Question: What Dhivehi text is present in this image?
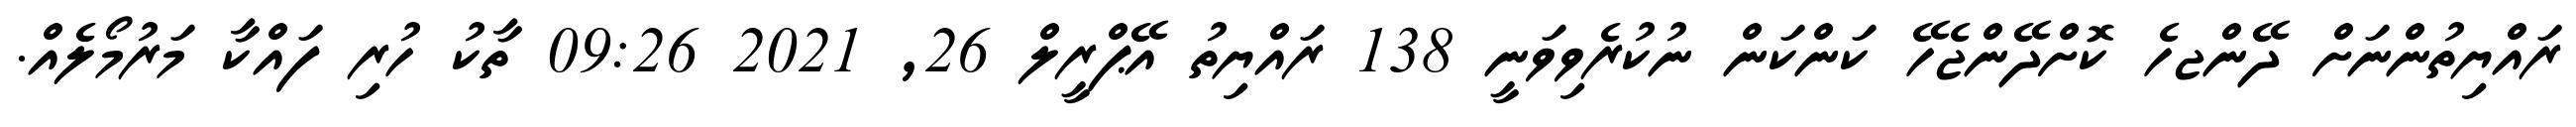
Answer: ރައްޔިތުންނަށް ދޭންޖހެ ކޮށްދޭންޖެހޭ ކަންކަން ނުކުރެވިވަނީ 138 ރައްޔިތު އޭޕްރީލް 26, 2021 09:26 ތާކު ހުރި ފައްކާ މަރުމޯލެއް.